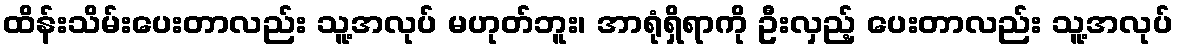
ထိန်းသိမ်းပေးတာလည်း သူ့အလုပ် မဟုတ်ဘူး၊ အာရုံရှိရာကို ဦးလှည့် ပေးတာလည်း သူ့အလုပ်